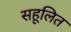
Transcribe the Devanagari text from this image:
सहूलित